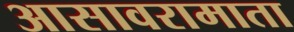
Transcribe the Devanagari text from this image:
आसावरामाता